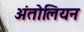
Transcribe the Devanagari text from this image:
अंतोलियन